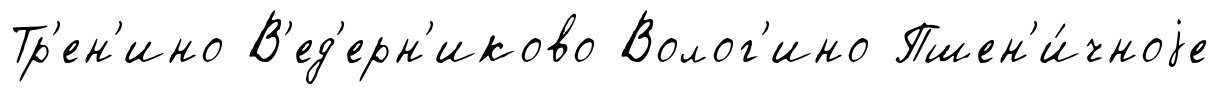
Тр'ен'ино В'ед'ерн'иково Волог'ино Пшен'и́чноjе